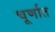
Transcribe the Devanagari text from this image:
चूर्णात